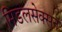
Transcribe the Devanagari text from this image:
मिडलसेक्सन